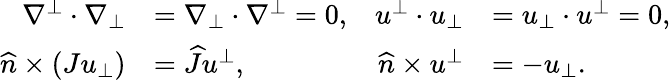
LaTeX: \begin{array}{rlrl}{\nabla^{\bot}\cdot\nabla_{\bot}}&{=\nabla_{\bot}\cdot\nabla^{\bot}=0,}&{u^{\bot}\cdot u_{\bot}}&{=u_{\bot}\cdot u^{\bot}=0,}\\ {\widehat{n}\times(Ju_{\bot})}&{=\widehat{J}u^{\bot},}&{\widehat{n}\times u^{\bot}}&{=-u_{\bot}.}\end{array}